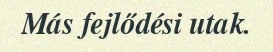
Más fejlődési utak.